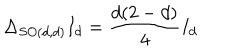
LaTeX: \Delta _ { S O ( d , d ) } I _ { d } = \frac { d ( 2 - d ) } { 4 } I _ { d }